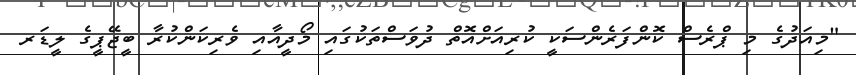
"މިއަދުގެ މި ޕްރެސް ކޮންފަރެންސަކީ ކުރިއަށްއޮތް ދުވަސްތަކުގައި މޯދީއާއި ވެރިކަންކުރާ ބީޖޭޕީގެ ލީޑަރ